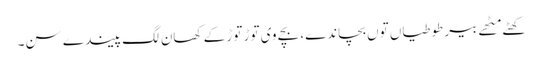
کھٹے مِٹھے بیر طوطیاں توں بچاندے، بچے وی توڑ توڑ کے کھان لگ پیندے سن۔